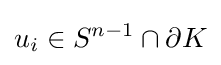
u_{i}\in S^{n-1}\cap \partial K